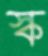
স্ক